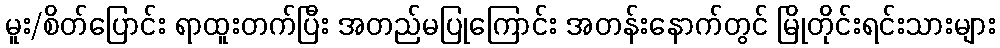
မူး/စိတ်ပြောင်း ရာထူးတက်ပြီး အတည်မပြုကြောင်း အတန်းနောက်တွင် မြိုတိုင်းရင်းသားများ